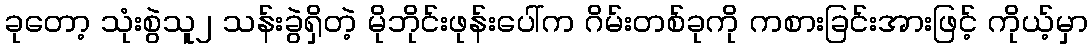
ခုတော့ သုံးစွဲသူ၂ သန်းခွဲရှိတဲ့ မိုဘိုင်းဖုန်းပေါ်က ဂိမ်းတစ်ခုကို ကစားခြင်းအားဖြင့် ကိုယ့်မှာ